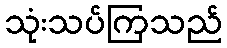
သုံးသပ်ကြသည်